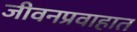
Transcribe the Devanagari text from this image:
जीवनप्रवाहात